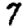
Digit: 7